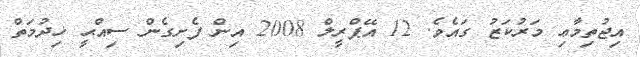
އިޖުތިމާޢި މަރުކަޒު ގައެވެ. 12 އޭޕްރީލް 2008 އިން ފެށިގެން ސިއްޙީ ޚިދުމަތް